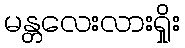
မန္တလေးလားရှိုး